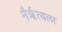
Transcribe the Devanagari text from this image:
नैर्ॠत्यला